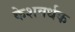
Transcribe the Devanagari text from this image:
केशवर्धक